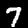
Label: 7